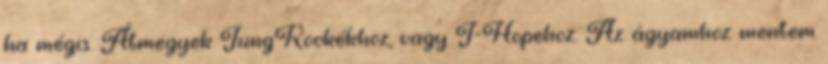
ha mégis. Átmegyek JungKookékhoz, vagy J-Hopehoz. Az ágyamhoz mentem